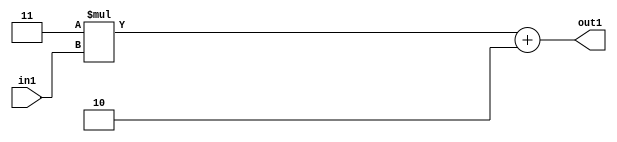
`timescale 1ps / 1ps
/*****************************************************************************
    Verilog RTL Description
    
    
    Created by: Stratus DpOpt 2019.1.01 
*******************************************************************************/

module DC_Filter_Add2i2Mul2i3u2_4 (
	in1,
	out1
	); /* architecture "behavioural" */ 
input [1:0] in1;
output [3:0] out1;
wire [3:0] asc001;

wire [3:0] asc001_tmp_0;
assign asc001_tmp_0 = 
	+(4'B0011 * in1);
assign asc001 = asc001_tmp_0
	+(4'B0010);

assign out1 = asc001;
endmodule

/* CADENCE  ubb5Qgs= : u9/ySgnWtBlWxVPRXgAZ4Og= ** DO NOT EDIT THIS LINE ******/